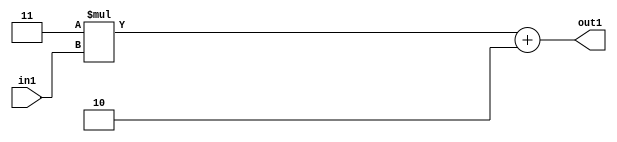
`timescale 1ps / 1ps
/*****************************************************************************
    Verilog RTL Description
    
    
    Created by: Stratus DpOpt 2019.1.01 
*******************************************************************************/

module DC_Filter_Add2i2Mul2i3u2_4 (
	in1,
	out1
	); /* architecture "behavioural" */ 
input [1:0] in1;
output [3:0] out1;
wire [3:0] asc001;

wire [3:0] asc001_tmp_0;
assign asc001_tmp_0 = 
	+(4'B0011 * in1);
assign asc001 = asc001_tmp_0
	+(4'B0010);

assign out1 = asc001;
endmodule

/* CADENCE  ubb5Qgs= : u9/ySgnWtBlWxVPRXgAZ4Og= ** DO NOT EDIT THIS LINE ******/